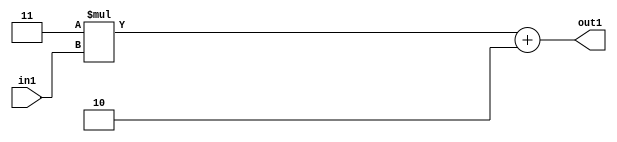
`timescale 1ps / 1ps
/*****************************************************************************
    Verilog RTL Description
    
    
    Created by: Stratus DpOpt 2019.1.01 
*******************************************************************************/

module DC_Filter_Add2i2Mul2i3u2_4 (
	in1,
	out1
	); /* architecture "behavioural" */ 
input [1:0] in1;
output [3:0] out1;
wire [3:0] asc001;

wire [3:0] asc001_tmp_0;
assign asc001_tmp_0 = 
	+(4'B0011 * in1);
assign asc001 = asc001_tmp_0
	+(4'B0010);

assign out1 = asc001;
endmodule

/* CADENCE  ubb5Qgs= : u9/ySgnWtBlWxVPRXgAZ4Og= ** DO NOT EDIT THIS LINE ******/